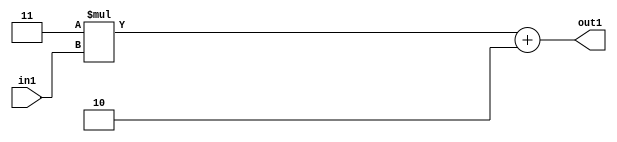
`timescale 1ps / 1ps
/*****************************************************************************
    Verilog RTL Description
    
    
    Created by: Stratus DpOpt 2019.1.01 
*******************************************************************************/

module DC_Filter_Add2i2Mul2i3u2_4 (
	in1,
	out1
	); /* architecture "behavioural" */ 
input [1:0] in1;
output [3:0] out1;
wire [3:0] asc001;

wire [3:0] asc001_tmp_0;
assign asc001_tmp_0 = 
	+(4'B0011 * in1);
assign asc001 = asc001_tmp_0
	+(4'B0010);

assign out1 = asc001;
endmodule

/* CADENCE  ubb5Qgs= : u9/ySgnWtBlWxVPRXgAZ4Og= ** DO NOT EDIT THIS LINE ******/